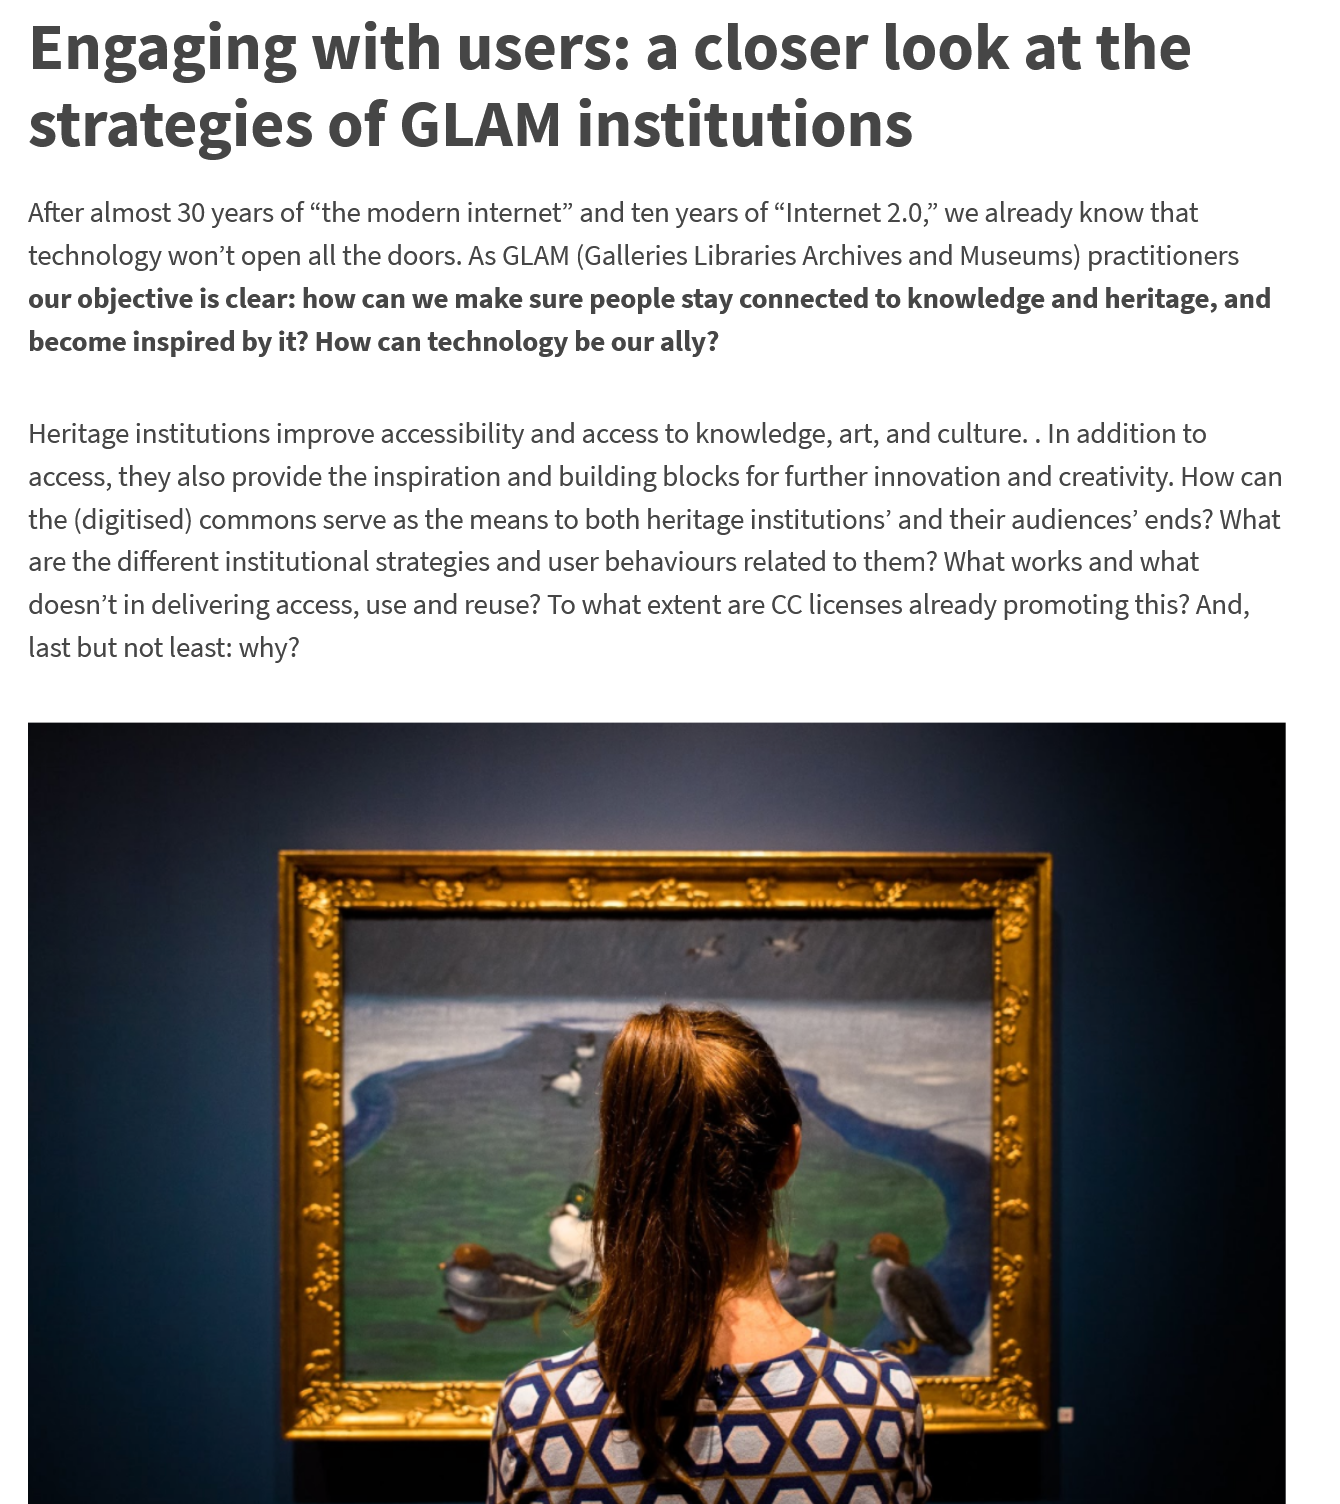
Engaging    with    users:    a  closer    look    at   the
   strategies    of   GLAM    institutions
   After almost 30 years of “the modern internet” and ten years of “Internet 2.0,” we already know that
   technology won't open all the doors. As GLAM (Galleries Libraries Archives and Museums) practitioners
   our objective is clear: how can we make sure people stay connected to knowledge and heritage, and
   become inspired by it? How can technology be our ally?
   Heritage institutions improve accessibility and access to knowledge, art, and culture.
     .
     In addition to
   access, they also provide the inspiration and building blocks for further innovation and creativity. How can
   the (digitised) commons serve as the means to both heritage institutions’ and their audiences’ ends? What
   are the different institutional strategies and user behaviours related to them? What works and what
   doesn’t in delivering access, use and reuse? To what extent are CC licenses already promoting this? And,
   last but not least: why?